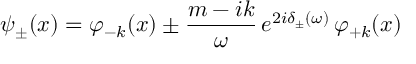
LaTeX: \psi _ { \pm } ( x ) = \varphi _ { - k } ( x ) \pm \frac { m - i k } { \omega } \, e ^ { 2 i \delta _ { \pm } ( \omega ) } \, \varphi _ { + k } ( x )